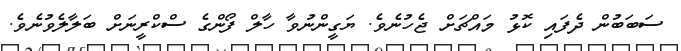
ސަބަަބުން ދެފައި ކޮޅު މައްޗަށް ޖެހުނެވެ. ޔަގީންނުވާ ހާލް ފޯންގެ ސްކްރީނަށް ބަލާލެވުނެވެ.